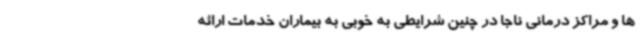
ها و مراکز درمانی ناجا در چنین شرایطی به خوبی به بیماران خدمات ارائه